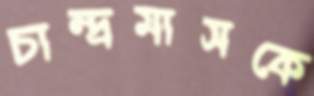
চান্দ্রমাসকে